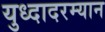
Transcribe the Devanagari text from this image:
युध्दादरम्यान